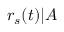
r _ { s } ( t ) | A